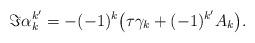
LaTeX: \begin{align*} \Im \alpha_{k}^{k'} = - (-1)^k \big(\tau \gamma_k + (-1)^{k'}A_k \big). \end{align*}